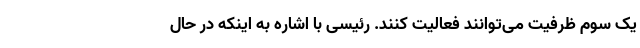
یک سوم ظرفیت می‌توانند فعالیت کنند. رئیسی با اشاره به اینکه در حال